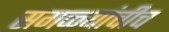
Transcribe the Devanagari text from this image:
सगळ्यांचीच